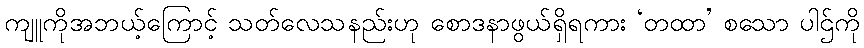
ကျူကိုအဘယ့်ကြောင့် သတ်လေသနည်းဟု စောဒနာဖွယ်ရှိရကား ‘တထာ’ စသော ပါဌ်ကို